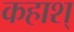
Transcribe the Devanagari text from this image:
कहाश्